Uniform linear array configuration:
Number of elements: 12
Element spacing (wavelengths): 1
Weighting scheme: cosine
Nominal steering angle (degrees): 15
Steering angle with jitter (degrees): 13.082
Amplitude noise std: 0.05
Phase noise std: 0.05

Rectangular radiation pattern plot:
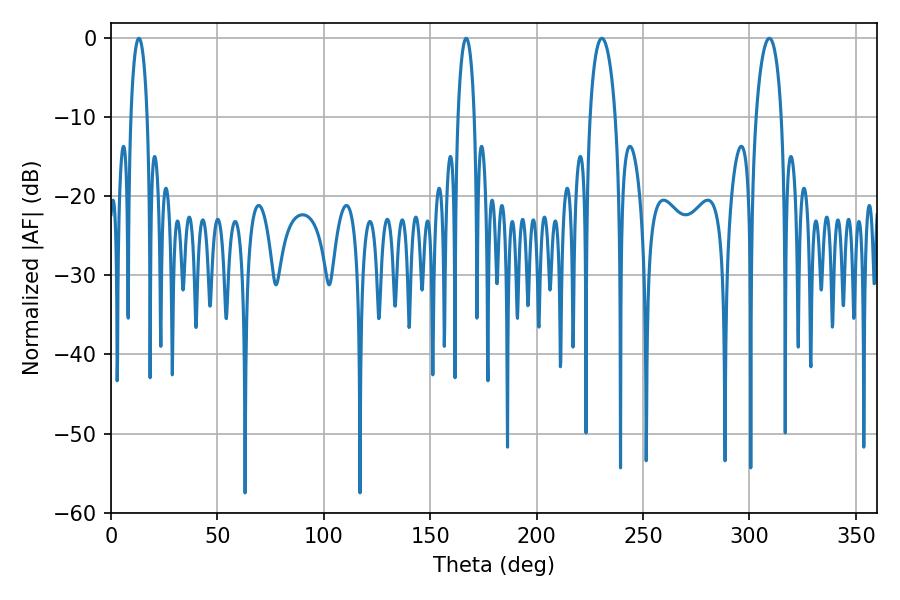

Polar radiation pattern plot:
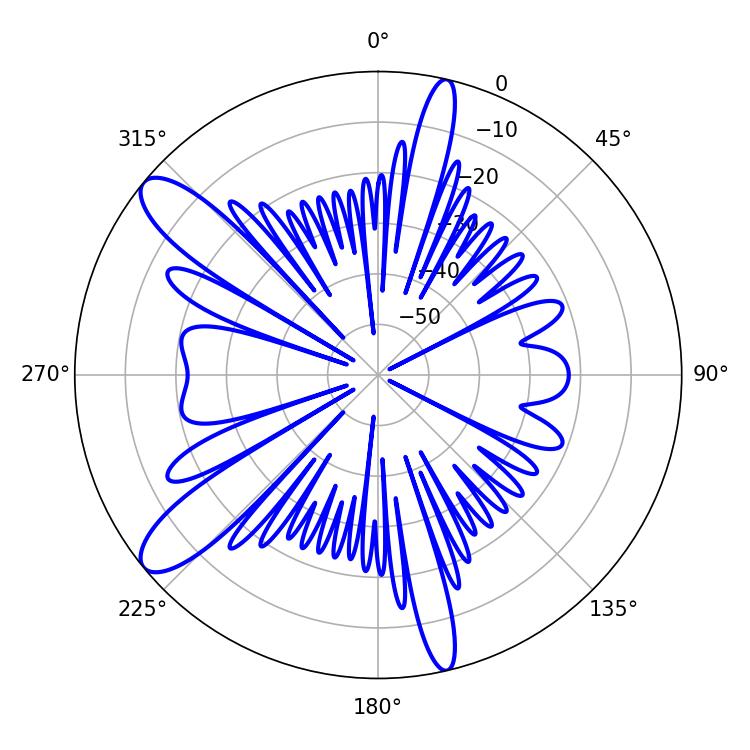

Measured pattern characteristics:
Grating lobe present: TRUE
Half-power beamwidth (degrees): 4.32
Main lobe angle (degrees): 13.14